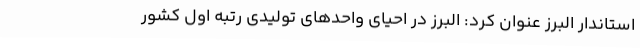
استاندار البرز عنوان کرد: البرز در احیای واحدهای تولیدی رتبه اول کشور